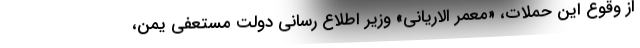
از وقوع این حملات، «معمر الاریانی» وزیر اطلاع رسانی دولت مستعفی یمن،